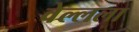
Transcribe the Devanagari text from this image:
वेल्लला